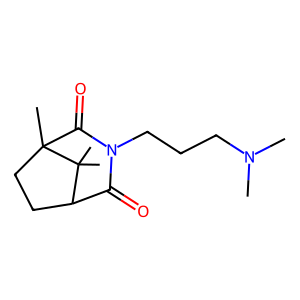
SMILES: CN(C)CCCN1C(=O)C2CCC(C)(C1=O)C2(C)C
Inhibits HIV replication: No